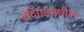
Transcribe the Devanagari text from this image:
चंदिगढमधील